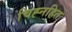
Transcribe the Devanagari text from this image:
चिह्नहित